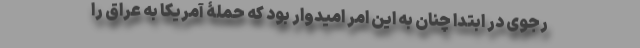
رجوی در ابتدا چنان به این امر امیدوار بود که حملۀ آمریکا به عراق را